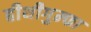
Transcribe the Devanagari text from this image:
हीथीगुम्फा